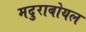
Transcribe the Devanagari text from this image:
मदुराबोयल